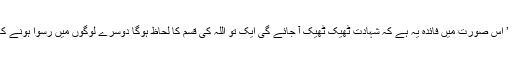
پھر بیان ہوتا ہے کہ ’ اس صورت میں فائدہ یہ ہے کہ شہادت ٹھیک ٹھیک آ جائے گی ایک تو اللہ کی قسم کا لحاظ ہوگا دوسرے لوگوں میں رسوا ہونے کا ڈر رہے گا ، لوگو!